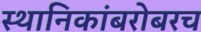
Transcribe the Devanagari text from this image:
स्थानिकांबरोबरच